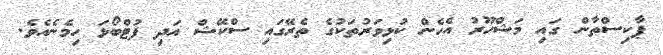
ޕާކިސްތާން ގައި މަޝްހޫރު އެހެން ކުޅިވަރުތަކުގެ ތެރޭގައި ސްކޭޝް އަދި ފުޓްބޯޅަ ހިމެނެއެވެ.